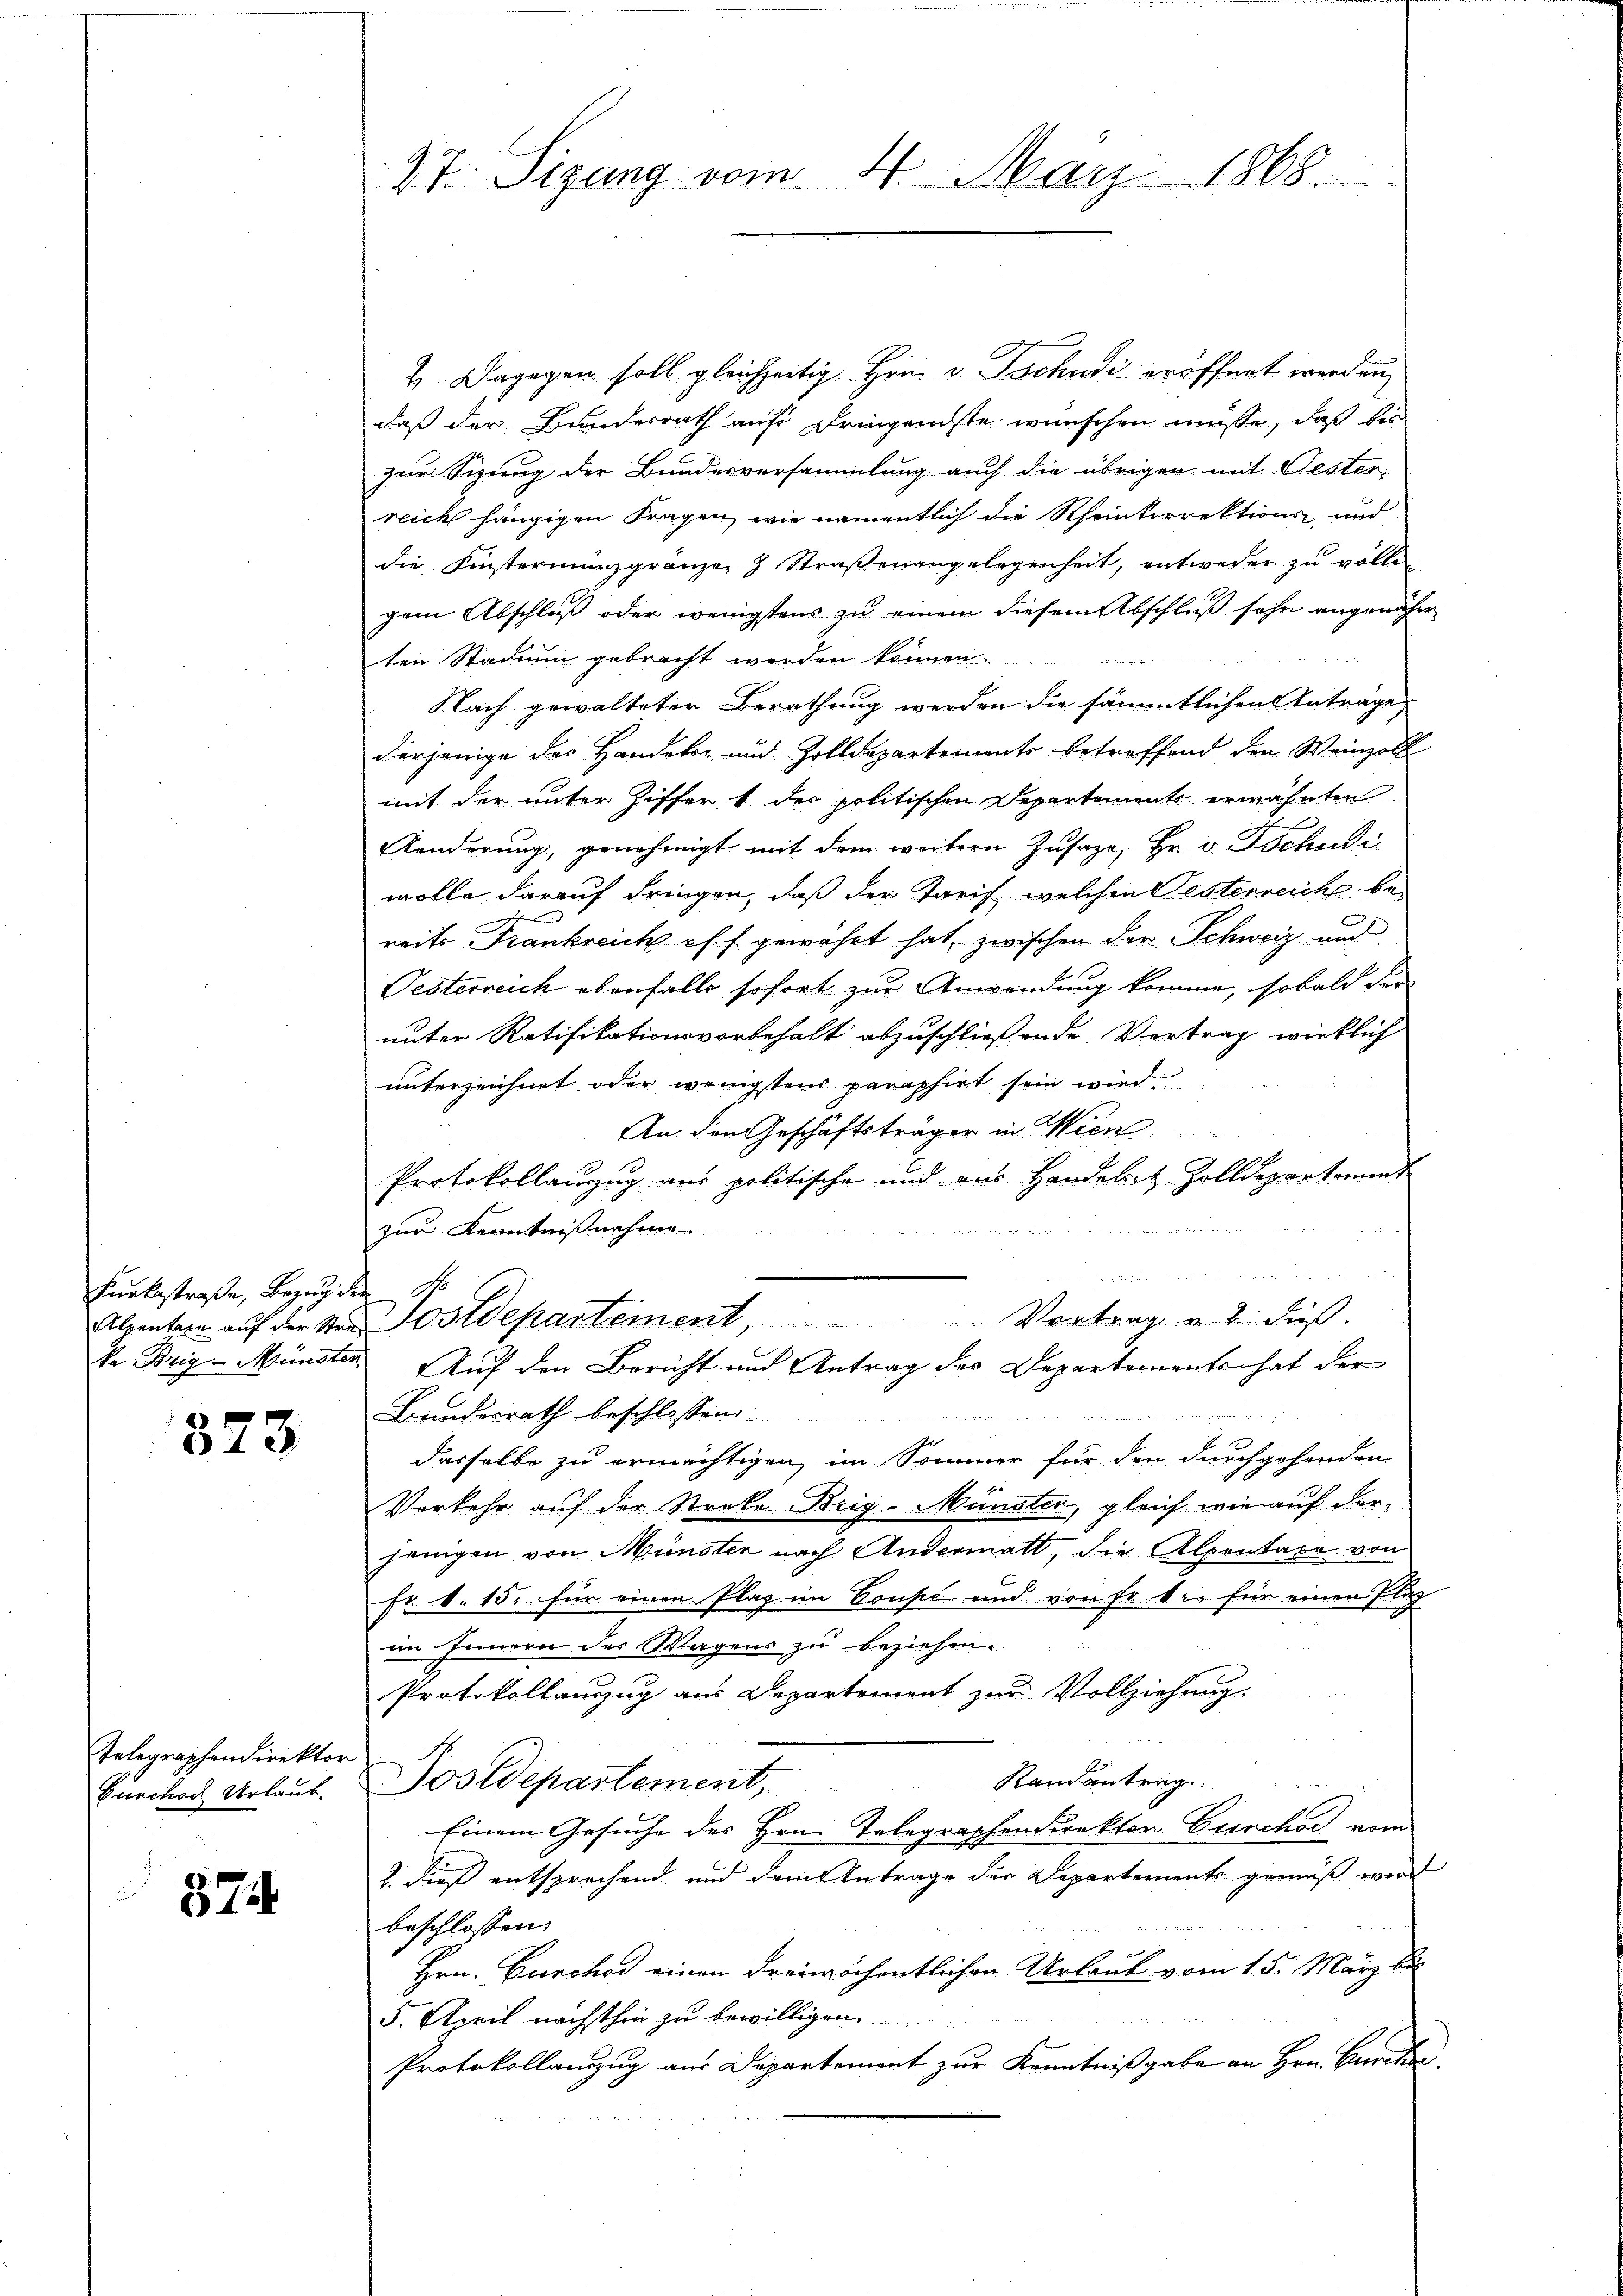
Kunkestraße, Bezug der

2
523

Telegraphendirektor
Bunchoch Urlaub.

574

27. Sizung vom 4. März 1888.

4. Dagegen soll gleichzeitig. Hrn. v. Tschudi eröffnet werden,
daß der Bundesrath auf Dringendste wünschen müsse, daß bes
zur Sizung der Bundesversammlung auch die übrigen mit Oester-
reich hängigen Fragen, wie namentlich die Rheinkorrektions, und
die Finstermanzgränzen & Straßenangelegenheit, entweder zu vollen
gem Abschluß oder wenigstens zu einem diesem Abschluß sehr angenäher
ten Stadium gebracht werden können
c
Nach gewalteter Berathung werden die sämmtlichen Anträge,
derjenige der Handels- und Zolldepartements betreffend den Weinzoll
mit der unter Ziffer 1 der politischen Departemente erwähnten
Aenderung, genehmigt mit dem weitern Zusage, Hr. v. Tschudi
wolle darauf dringen, daß der Tarif, welchen Oesterreiche bereits Frankreich pf. s. gewährt hat, zwischen der Schweiz und
Oesterreich ebenfalls sofort zur Anwendung komme, sobald der
unter Ratifikationsvorbehalt abzuschließende Vertrag wirklich
unterzeichnet oder wenigstens paraphirt sein wird.
An den Geschäftsträger in Wien
Protokollanzug aus politische und aus Handelst Zolldepartement

zur Kenntnißnahme
n und
u
n
Alpentare auf der Stand Postdepartement, Vortrag v. 2. dieß.
ke Brig-Münster Auf den Bericht und Antrag des Departements hat der
Bundesrath beschlossen

dasselbe zu ermächtigen, im Sommer für den durchgehenden
Vorkehr auf der Streke Brig-Münster, gleich wie auf der
jenigen von Münster nach Andermatt, die Alpentate von
Fr. k. 15. für einen Plaz im Coupé und von Fr. 1. für einen Flag
im Innern des Wagens zu beziehen.
Protokollanzug aus Departement zur Vollziehung
Randantrag.
Postdepartement,
Einem Gesuche des Hrn. Telegraphendirektor Cunchor vom
2. dieß entsprechend, und dem Antrage der Departements gemäß wird
beschlossen:
Hrn. Curchod einen dreiwöchentlichen Urlaub vom 15. März bis
5. April nächsthin zu bewilligen.
Protokollanzug aus Departement zur Kenntnißgabe an Hrn. Burck